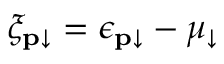
\xi _ { \mathbf { p } \downarrow } = \epsilon _ { \mathbf { p } \downarrow } - \mu _ { \downarrow }